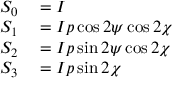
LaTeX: \begin{array} { r l } { S _ { 0 } } & { { } = I } \\ { S _ { 1 } } & { { } = I p \cos 2 \psi \cos 2 \chi } \\ { S _ { 2 } } & { { } = I p \sin 2 \psi \cos 2 \chi } \\ { S _ { 3 } } & { { } = I p \sin 2 \chi } \end{array}